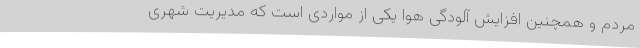
مردم و همچنین افزایش آلودگی هوا یکی از مواردی است که مدیریت شهری